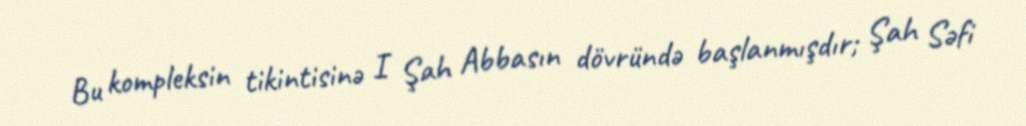
Bu kompleksin tikintisinə I Şah Abbasın dövründə başlanmışdır; Şah Səfi